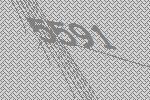
5591